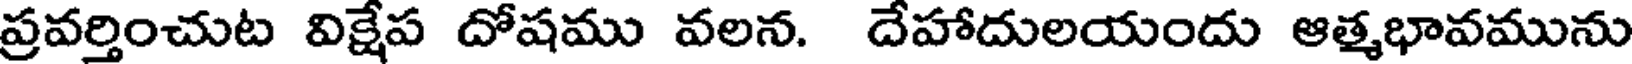
ప్రవర్తించుట విక్షేప దోషము వలన. దేహాదులయందు ఆత్మభావమును